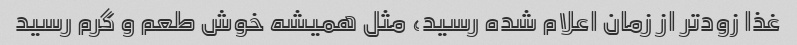
غذا زودتر از زمان اعلام شده رسید، مثل همیشه خوش طعم و گرم رسید